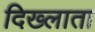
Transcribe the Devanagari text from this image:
दिख्लाता